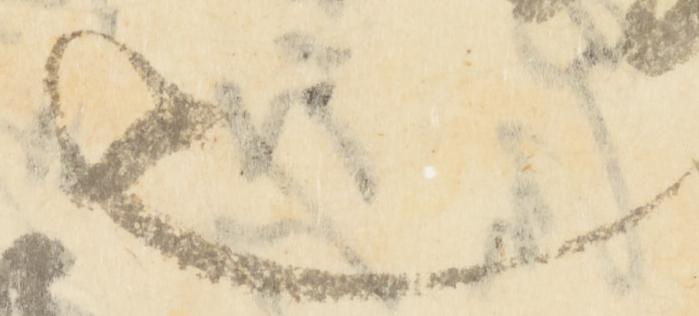
也